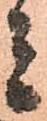
者